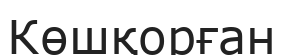
Көшқорған